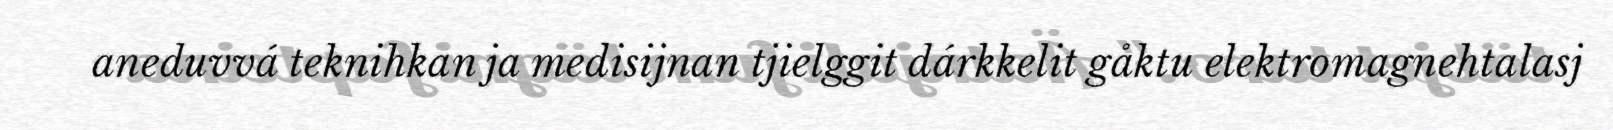
aneduvvá teknihkan ja medisijnan tjielggit dárkkelit gåktu elektromagnehtalasj